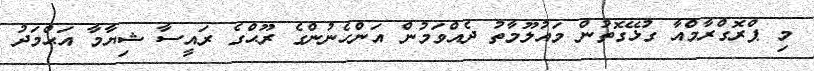
މި ޕްރޮގްރާމްއާ ގުޅޭގޮތުން މައުލޫމާތު ދެއްވަމުން އަންހެނުންގެ ރޫޙްގެ ރައީސާ ޝިޔާމާ އަޙްމަދު